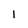
Character: 1